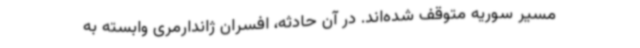
مسیر سوریه متوقف شده‌اند. در آن حادثه، افسران ژاندارمری وابسته به